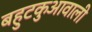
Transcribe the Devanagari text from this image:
बहुटकुआवाली